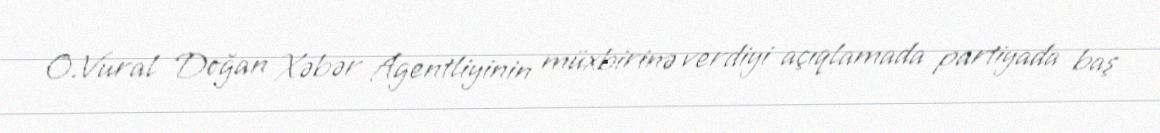
O.Vural Doğan Xəbər Agentliyinin müxbirinə verdiyi açıqlamada partiyada baş